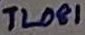
Text: TL081